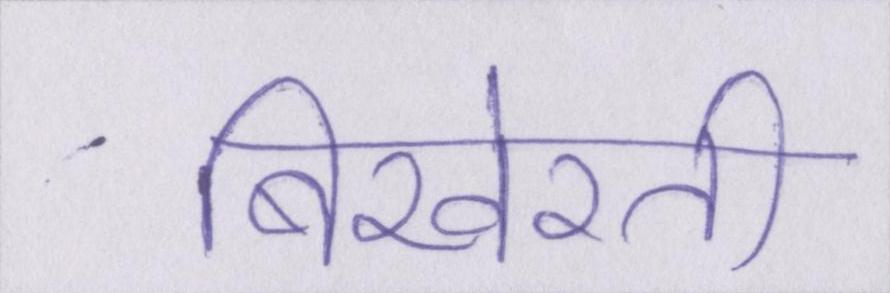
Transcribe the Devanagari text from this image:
बिखेरती